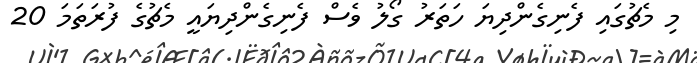
މި މެޗުގައި ފެނިގެންދިޔަ ހަތަރު ގޯލު ވެސް ފެނިގެންދިޔައީ މެޗުގެ ފުރަތަމަ 20